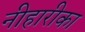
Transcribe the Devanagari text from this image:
नीहारीका